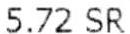
5.72 SR